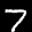
Digit: 7